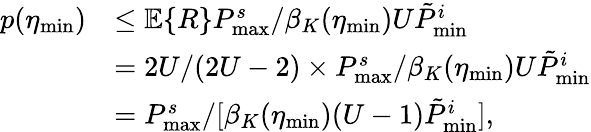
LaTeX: \begin{array}{rl}{p(\eta_{\textnormal{min}})}&{\leq\mathbb{E}\{ R\} P_{\textnormal{max}}^{s}/\beta_{K}(\eta_{\textnormal{min}})U\tilde{P}_{\textnormal{min}}^{i}}\\ &{=2U/(2U-2)\times P_{\textnormal{max}}^{s}/\beta_{K}(\eta_{\textnormal{min}})U\tilde{P}_{\textnormal{min}}^{i}}\\ &{=P_{\textnormal{max}}^{s}/[\beta_{K}(\eta_{\textnormal{min}})(U-1)\tilde{P}_{\textnormal{min}}^{i}],}\end{array}